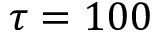
\tau = 1 0 0